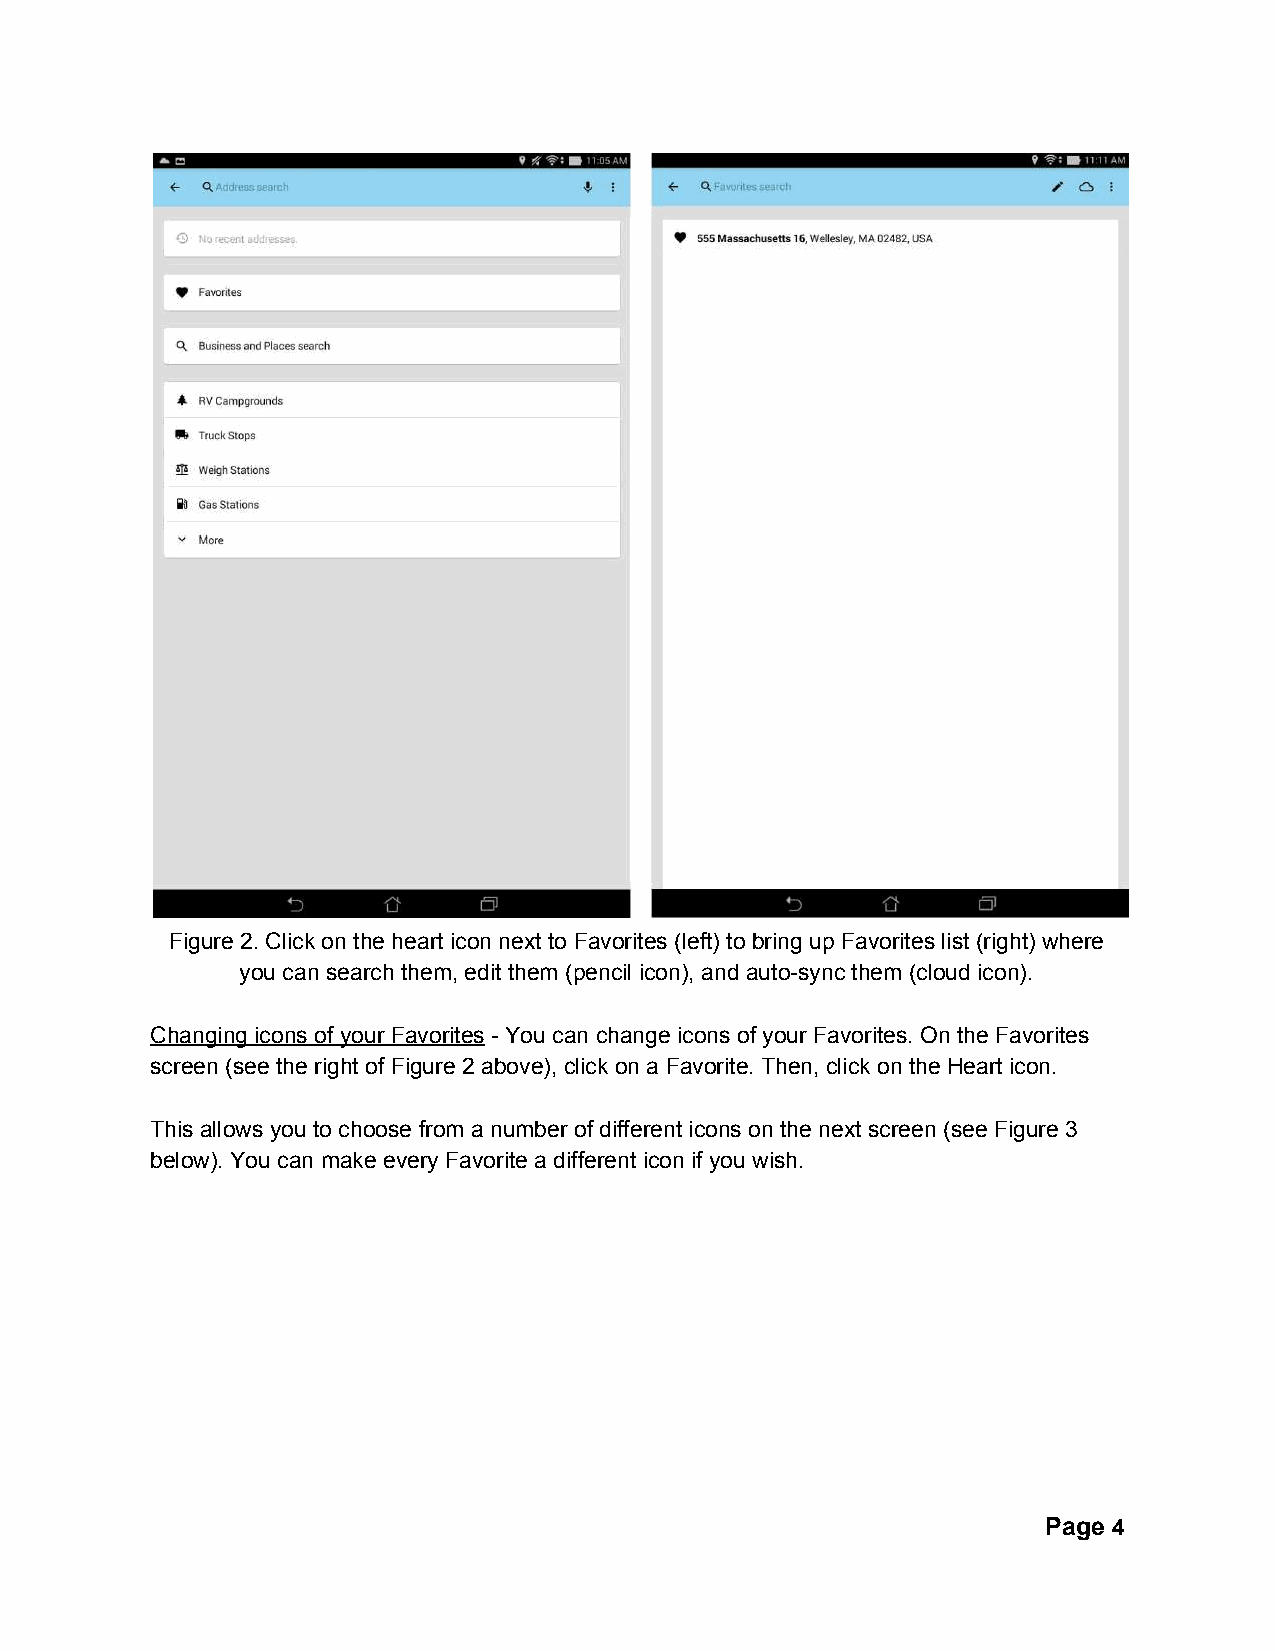
Figure 2. Click on the heart icon next to Favorites (left) to bring up Favorites list (right) where
 you can search them, edit them (pencil icon), and auto-sync them (cloud icon).
 Changing icons of your Favorites - You can change icons of your Favorites. On the Favorites
 ​
 screen (see the right of Figure 2 above), click on a Favorite. Then, click on the Heart icon.
 This allows you to choose from a number of different icons on the next screen (see Figure 3
 below). You can make every Favorite a different icon if you wish.
 Page 4